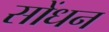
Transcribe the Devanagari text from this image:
सोंधन